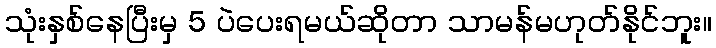
သုံးနှစ်နေပြီးမှ 5 ပဲပေးရမယ်ဆိုတာ သာမန်မဟုတ်နိုင်ဘူး။